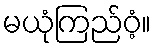
မယုံကြည်ဝံ့။